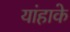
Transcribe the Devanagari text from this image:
यांहाके